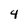
Character: 4